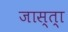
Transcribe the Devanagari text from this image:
जास्‍त्‍ा